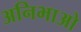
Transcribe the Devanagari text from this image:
अनिभाओ